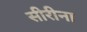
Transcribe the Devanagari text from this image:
सीरीना